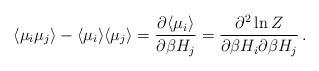
LaTeX: \begin{align*}\langle \mu _{i}\mu _{j}\rangle -\langle\mu _{i}\rangle \langle\mu _{j}\rangle =\frac{\partial \langle \mu _{i}\rangle }{\partial\beta H_{j}}=\frac{\partial ^{2}\ln Z}{\partial \beta H_{i}\partial\beta H_{j}}\, .\end{align*}